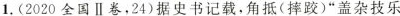
1.(2020全国Ⅱ卷，24)据史书记载，角抵(摔跤)”盖杂技乐